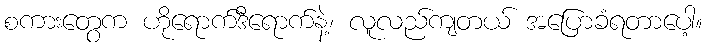
စကားတွေက ဟိုရောက်ဒီရောက်နဲ့၊ လူလည်ကျတယ် အပြောခံရတာပေါ့။